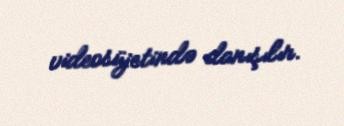
videosüjetində danışılır.